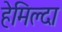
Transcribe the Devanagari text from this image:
हेमिल्दा